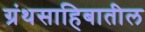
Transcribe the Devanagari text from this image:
ग्रंथसाहिबातील